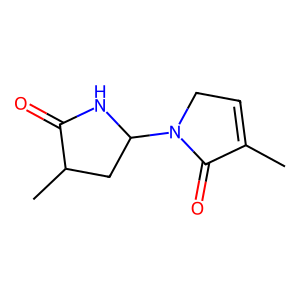
SMILES: CC1=CCN(C2CC(C)C(=O)N2)C1=O
Inhibits HIV replication: No